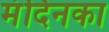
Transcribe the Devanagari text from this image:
मंदिनका